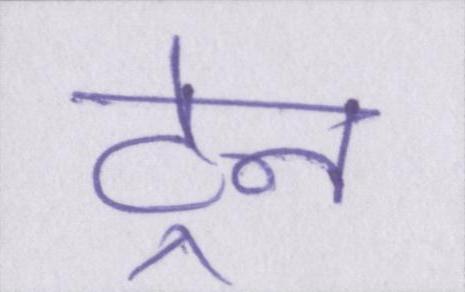
ट्रेन